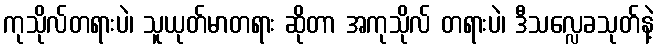
ကုသိုလ်တရားပဲ၊ သူယုတ်မာတရား ဆိုတာ အကုသိုလ် တရားပဲ၊ ဒီသလ္လေခသုတ်နဲ့